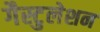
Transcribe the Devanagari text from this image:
गैस्टुलेशन